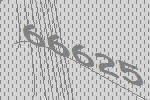
66625